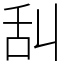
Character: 舏